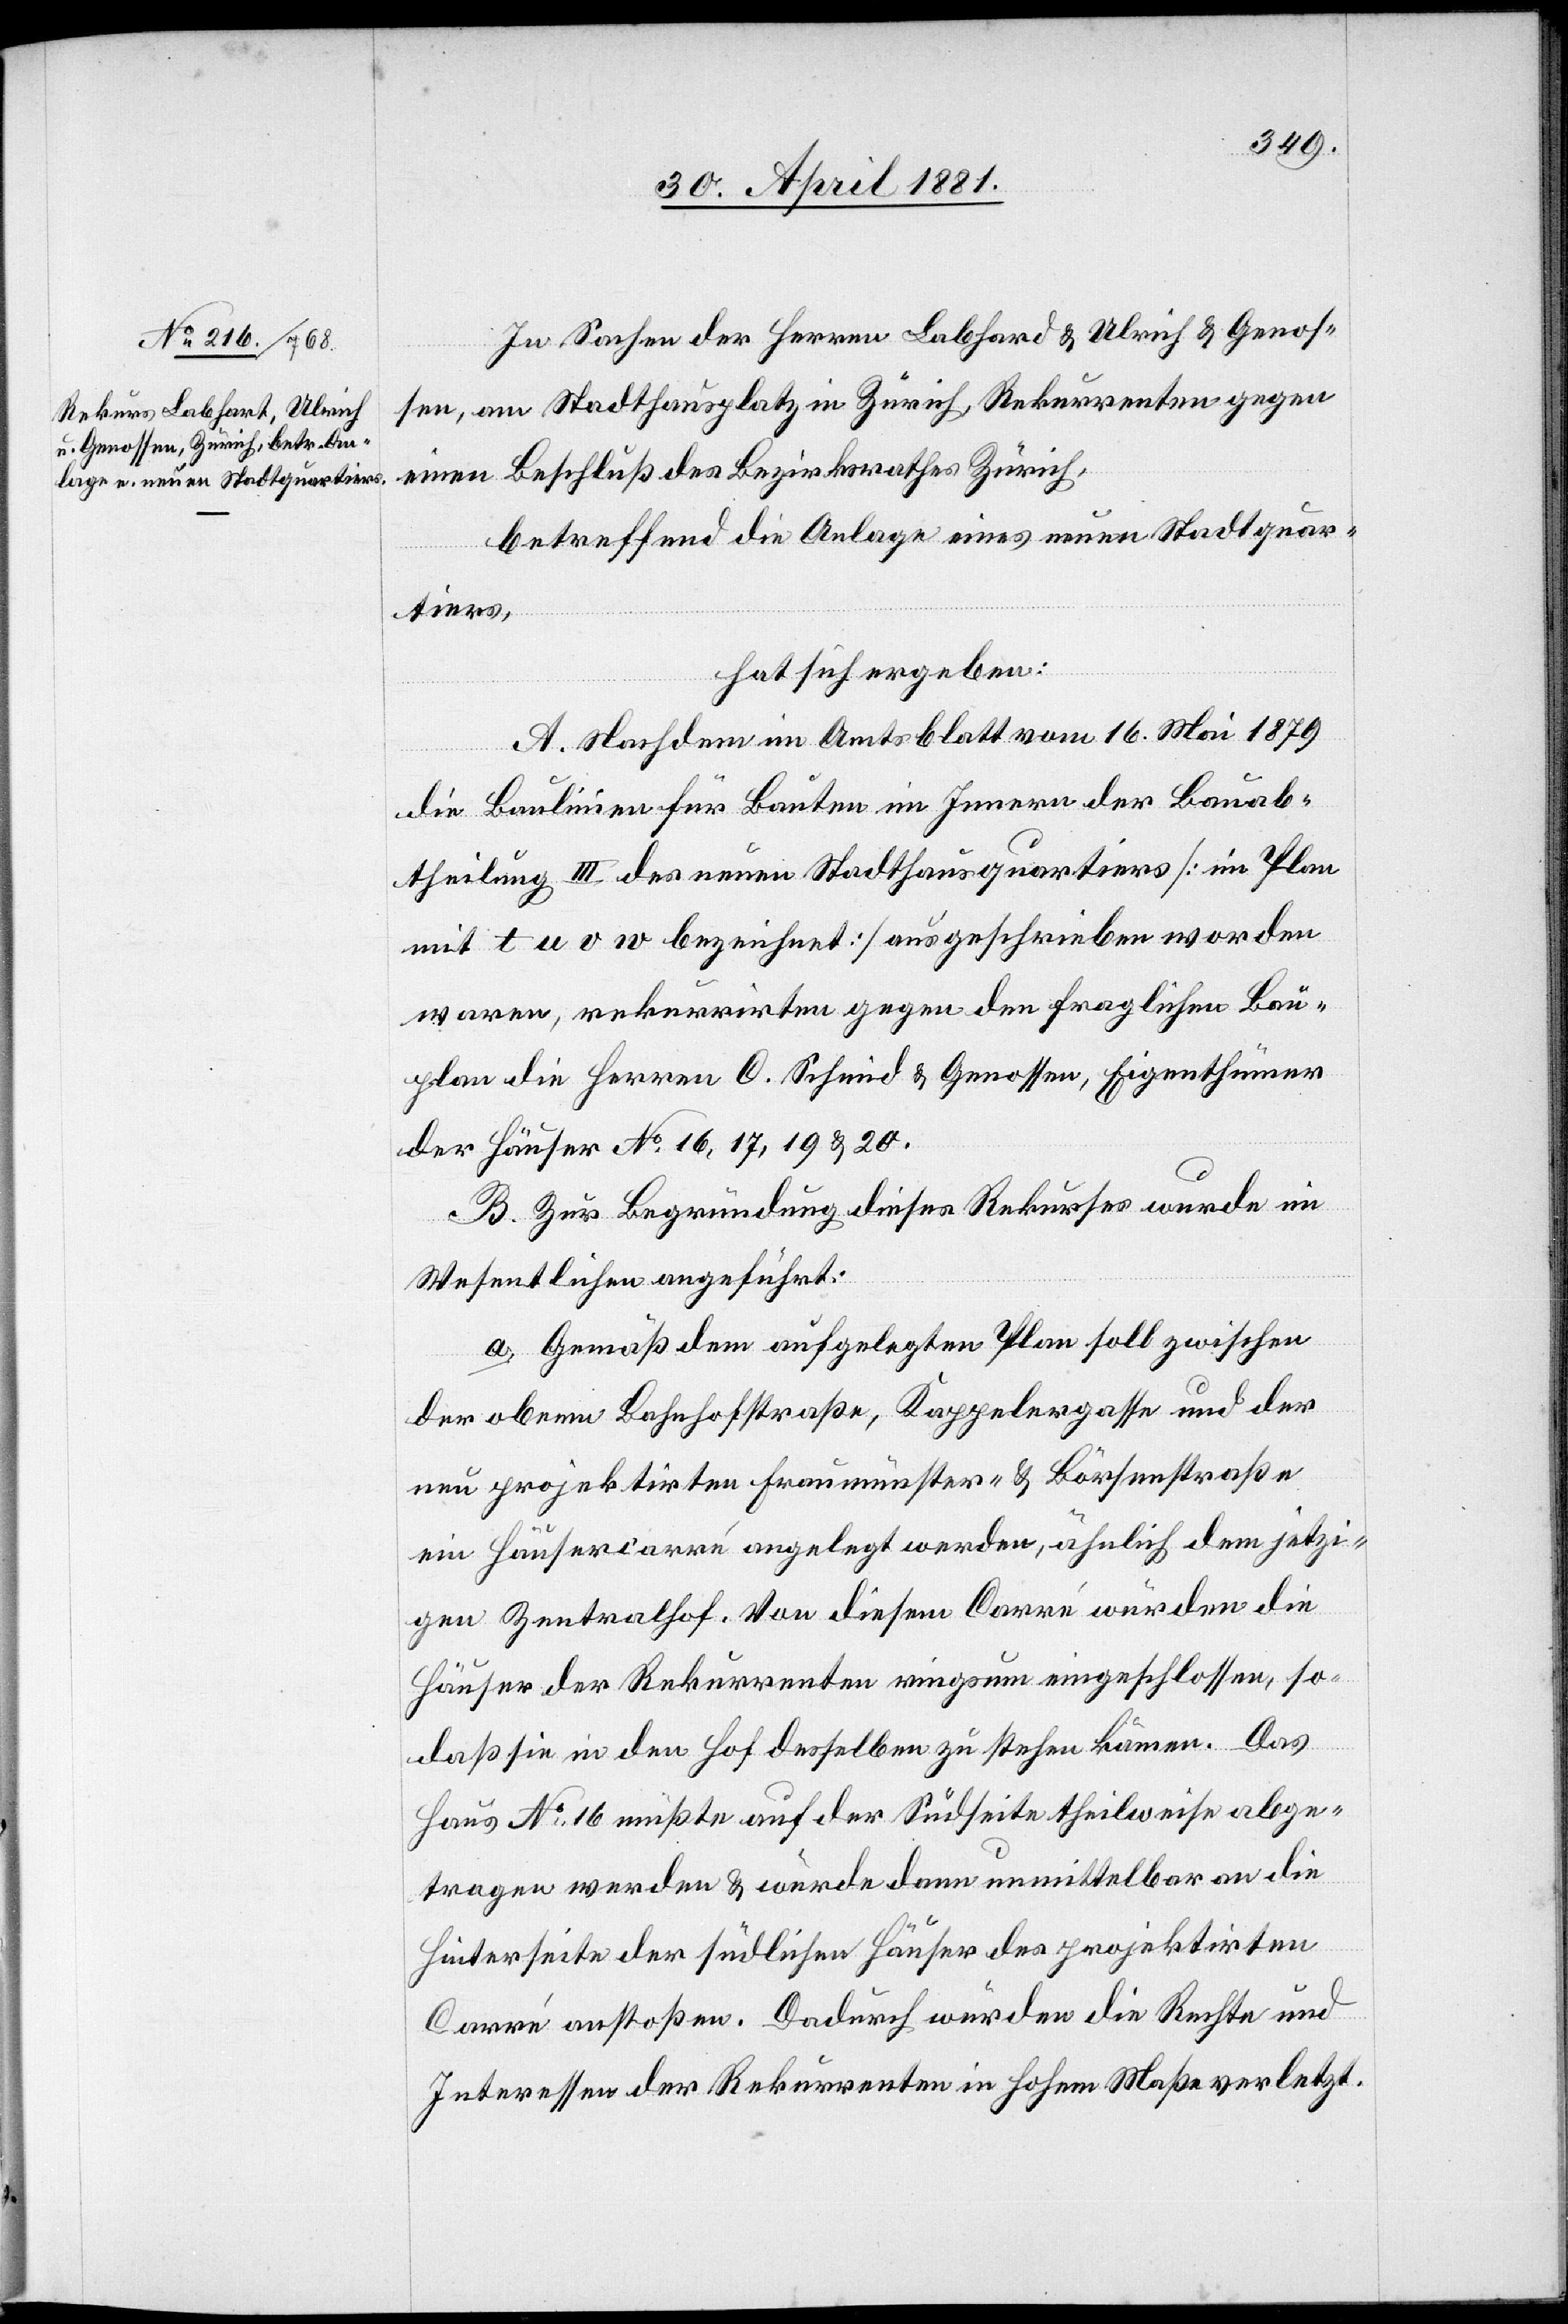
In Sachen der Herren Labhard [sic!] & Ulrich & Genos¬
sen, am Stadthausplatz in Zürich, Rekurrenten gegen
einen Beschluß des Bezirksrathes Zürich,
betreffend die Anlage eines neuen Stadtquar¬
tiers,
hat sich ergeben:
A. Nachdem im Amtsblatt vom 16. Mai 1879
die Baulinien für Bauten im Innern der Bauab¬
theilung III des neuen Stadthausquartiers [im Plan
mit t u o w bezeichnet] ausgeschrieben worden
waren, rekurrirten gegen den fraglichen Bau¬
plan die Herren O. Schmid & Genossen, Eigenthümer
der Häuser No 16, 17, 19 & 20.
B. Zur Begründung dieses Rekurses wurde im
Wesentlichen angeführt:
a. Gemäß dem aufgelegten Plan soll zwischen
der obern Bahnhofstraße, Kappelergasse und der
neu projektirten Fraumünster- & Börsenstraße
ein Häusercarré angelegt werden, ähnlich dem jetzi¬
gen Zentralhof. Von diesem Carré würden die
Häuser der Rekurrenten ringsum eingeschlossen, so¬
daß sie in den Hof desselben zu stehen kämen. Das
Haus No 16 müßte auf der Südseite theilweise abge¬
tragen werden & würde dann unmittelbar an die
Hinterseite der südlichen Häuser des projektirten
Carré anstoßen. Dadurch würden die Rechte und
Interessen der Rekurrenten in hohem Maße verletzt.